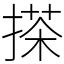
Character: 搽